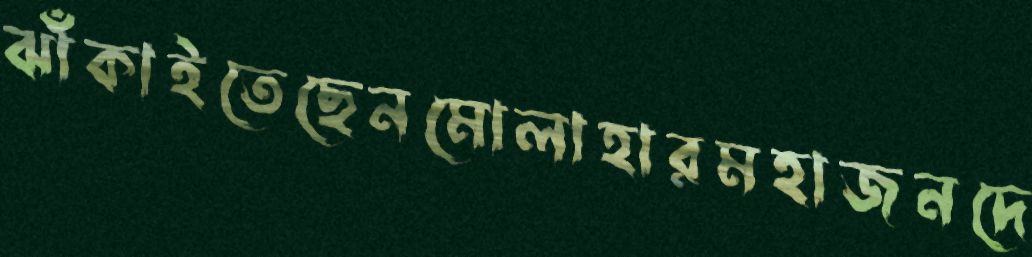
ঝাঁকাইতেছেনমোলাহারমহাজনদে